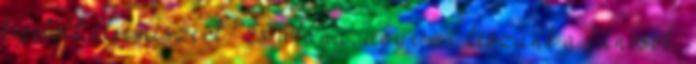
kijelölt élelmiszert? És utána, ugye mi leszünk a bűnösök,